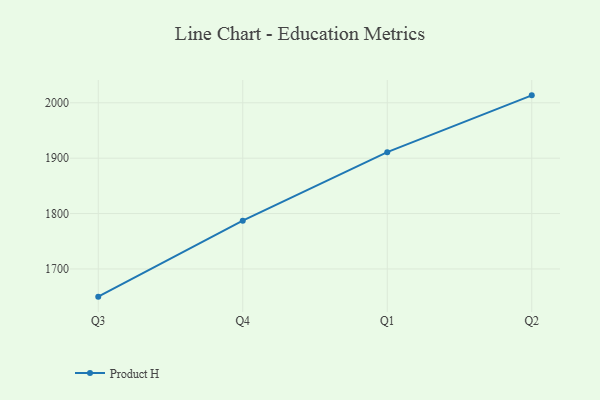
{"axis": {"x": "Quarter", "y": "Inventory Turnover"}, "legend": ["Product H"], "data": [{"x": "Q3", "y": 1650.0, "type": "Product H"}, {"x": "Q4", "y": 1787.1, "type": "Product H"}, {"x": "Q1", "y": 1910.8, "type": "Product H"}, {"x": "Q2", "y": 2013.4, "type": "Product H"}]}